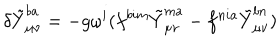
LaTeX: \delta \tilde { Y } _ { \mu \nu } ^ { b a } = - g \omega ^ { i } ( f ^ { b i m } \tilde { Y } _ { \mu \nu } ^ { m a } - f ^ { n i a } \tilde { Y } _ { \mu \nu } ^ { b n } )